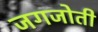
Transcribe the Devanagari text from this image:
जगजोती